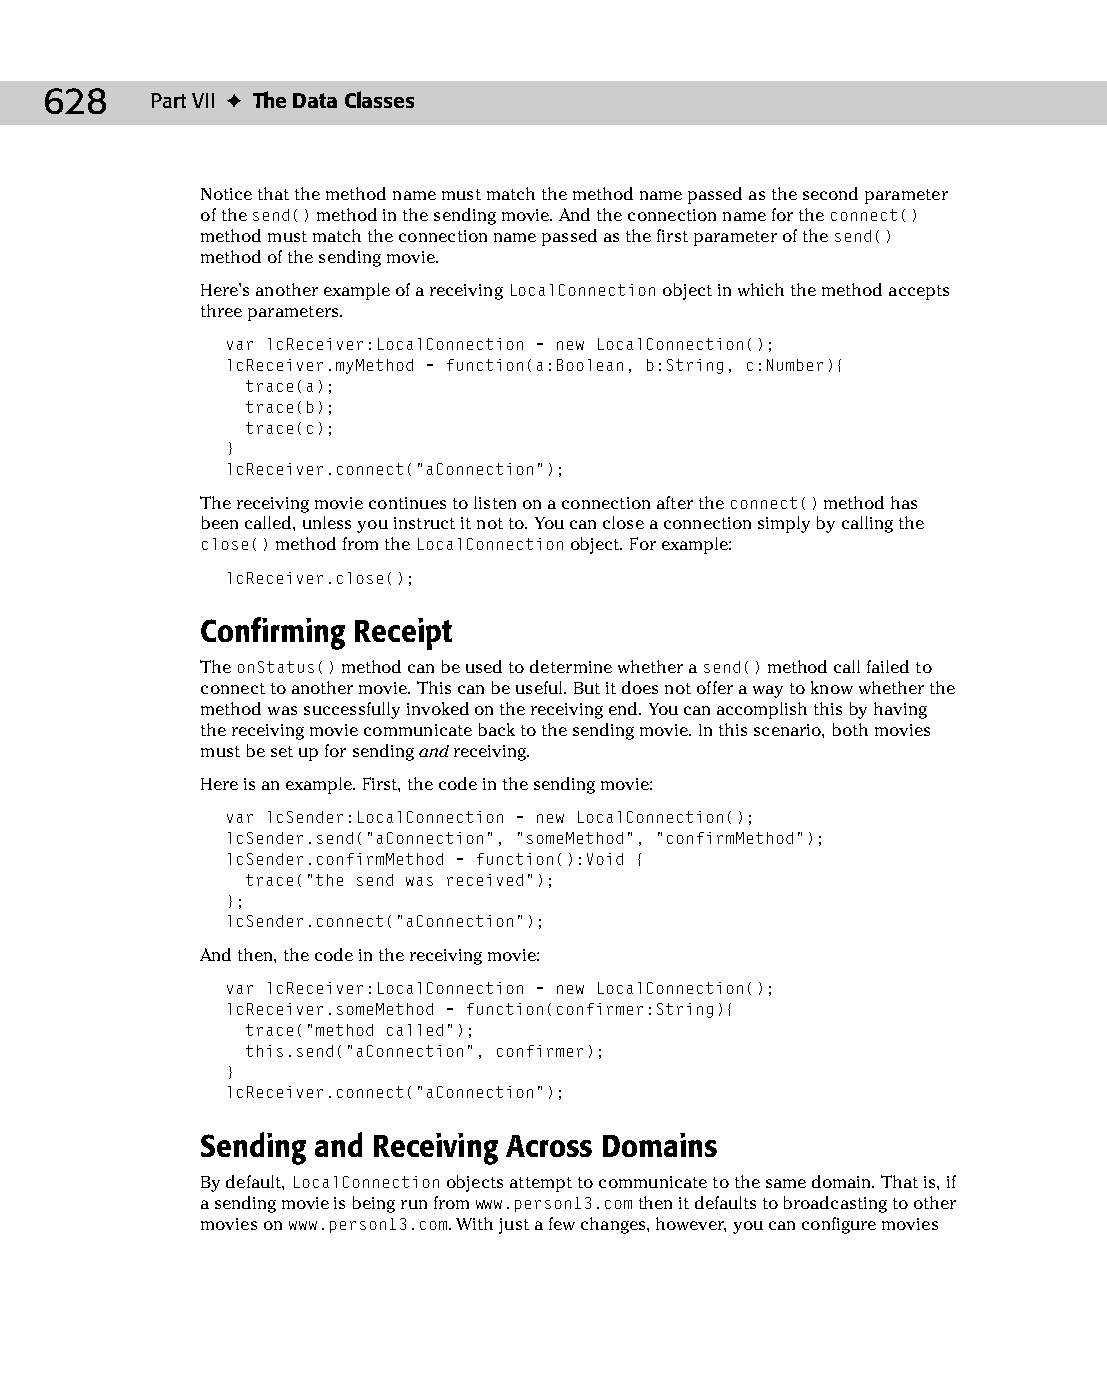
33 543547 ch25.qxd 3/24/04 4:08 PM Page 628
 628    Part VII ✦ The Data Classes
 Notice that the method name must match the method name passed as the second parameter
 of the send() method in the sending movie. And the connection name for the connect()
 method must match the connection name passed as the first parameter of the send()
 method of the sending movie.
 Here’s another example of a receiving LocalConnection object in which the method accepts
 three parameters.
 var lcReceiver:LocalConnection = new LocalConnection();
 lcReceiver.myMethod = function(a:Boolean, b:String, c:Number){
 trace(a);
 trace(b);
 trace(c);
 }
 lcReceiver.connect(“aConnection”);
 The receiving movie continues to listen on a connection after the connect() method has
 been called, unless you instruct it not to. You can close a connection simply by calling the
 close() method from the LocalConnection object. For example:
 lcReceiver.close();
 Confirming Receipt
 The onStatus() method can be used to determine whether a send() method call failed to
 connect to another movie. This can be useful. But it does not offer a way to know whether the
 method was successfully invoked on the receiving end. You can accomplish this by having
 the receiving movie communicate back to the sending movie. In this scenario, both movies
 must be set up for sending and receiving.
 Here is an example. First, the code in the sending movie:
 var lcSender:LocalConnection = new LocalConnection();
 lcSender.send(“aConnection”, “someMethod”, “confirmMethod”);
 lcSender.confirmMethod = function():Void {
 trace(“the send was received”);
 };
 lcSender.connect(“aConnection”);
 And then, the code in the receiving movie:
 var lcReceiver:LocalConnection = new LocalConnection();
 lcReceiver.someMethod = function(confirmer:String){
 trace(“method called”);
 this.send(“aConnection”, confirmer);
 }
 lcReceiver.connect(“aConnection”);
 Sending and Receiving Across Domains
 By default, LocalConnection objects attempt to communicate to the same domain. That is, if
 a sending movie is being run from www.person13.com then it defaults to broadcasting to other
 movies on www.person13.com. With just a few changes, however, you can configure movies